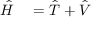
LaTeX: { \begin{array} { r l } { { \hat { H } } } & { { } = { \hat { T } } + { \hat { V } } } \end{array} } \,